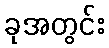
ခုအတွင်း